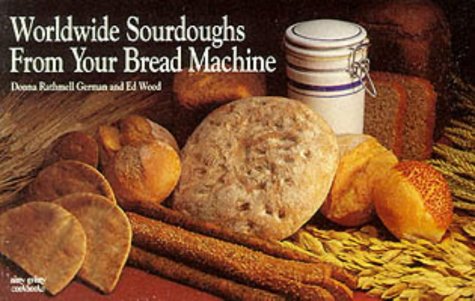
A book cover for Worldwide Sourdoughs from Your Bread Machine (Nitty Gritty Cookbooks); Donna Rathmell German; Cookbooks, Food & Wine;